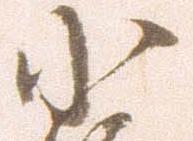
小